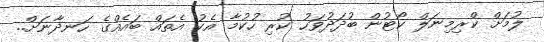
ލުމަށް ކްރިމިނަލް ކޯޓުން ބުދަދުވަހު ކުރި ހުކުމާ އެކު އެތައް ބައެއްގެ ހަނދާނަށް..